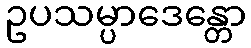
ဥပသမ္ပာဒေန္တော